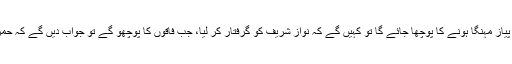
’نالائق اعظم‘ سے جب آلو پیاز مہنگا ہونے کا پوچھا جائے گا تو کہیں گے کہ نواز شریف کو گرفتار کر لیا، جب فاقوں کا پوچھو گے تو جواب دیں گے کہ حمزہ شہباز کو گرفتار کر لیا۔